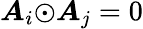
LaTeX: {\boldsymbol{A}_{i}}{\odot}{\boldsymbol{A}_{j}}=0